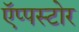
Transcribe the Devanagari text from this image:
ऍप्पस्टोर